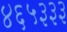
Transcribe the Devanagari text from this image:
४६५३३३